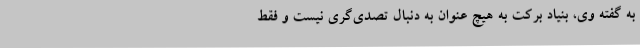
به گفته وی، بنیاد برکت به هیچ عنوان به دنبال تصدی‌گری نیست و فقط